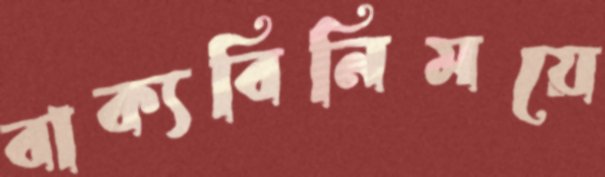
বাক্যবিনিময়ে